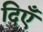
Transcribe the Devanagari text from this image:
दिएँ